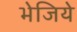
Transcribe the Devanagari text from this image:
भेजिये